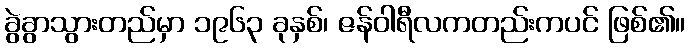
ခွဲခွာသွားတည်မှာ ၁၉၆၃ ခုနှစ်၊ ဇန်ဝါရီလကတည်းကပင် ဖြစ်၏။